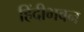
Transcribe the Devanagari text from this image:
हिंदीभवन